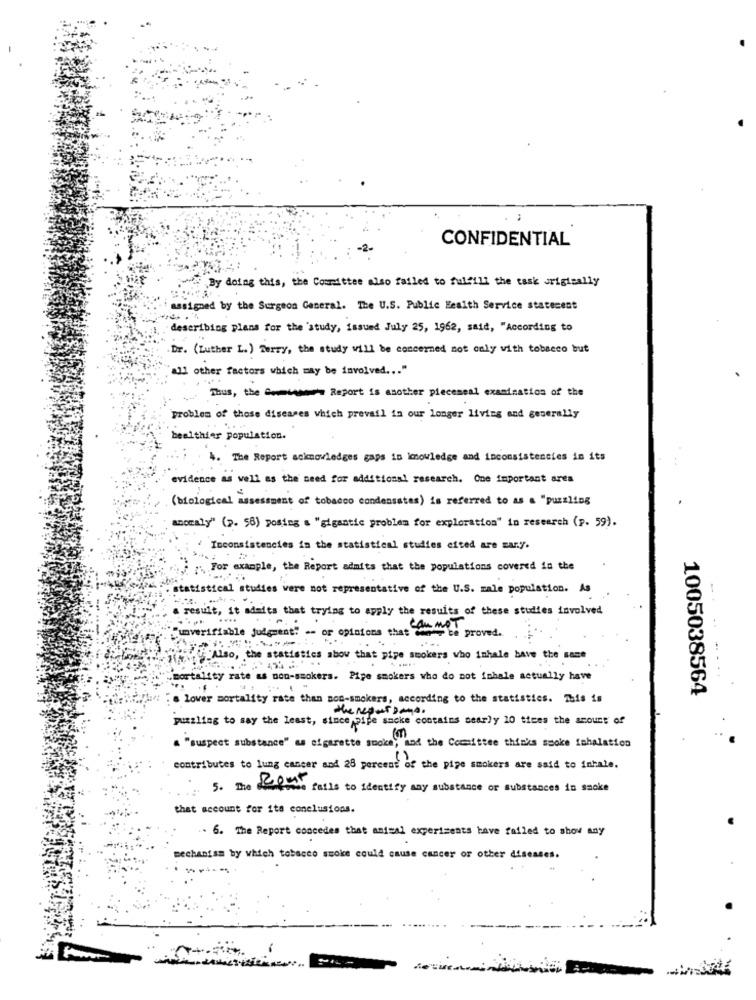
CONFIDENTIAL
""By doing this, the Committee also failed to fulfill the task originally
assigned by the Surgeon General. The U.S. Public Health Service statement
describing plans for the study, issued July 25, 1962, said, "According to
Dr. (Luther L.) Terry, the study will be concerned not only with tobacco but
11 other factors which may be involved ... "
Thus, the - Report is another pieceseal examination of the
problem of those diseases which prevail in our longer living and generally
healthier population.
4. The Report acknowledges gaps in Imnowledge and inconsistencies in its
evidence as well as the need for additional research. One important ares
(biological assessment of tobacco condensates) is referred to as a "puzzling
anomaly" (p. 58) posting a "gigantic problem for exploration" in research (p. 59).
Inconsistencies in the statistical studies cited are mary.
i . For example, the Report admits that the populations covered in the
statistical studies were not representative of the U.S. male population. As
a result, it admits that trying to apply the results of these studies involved
"unverifiable judgment! -- or opinions that don , ce proved.
** Also, the statistics abov that pipe smokers who inhale have the same
.mortality rate as non-smokers. Pipe smokers who do not imhale actually have
1005038564
s lover mortality rate than non-smokers, according to the statistics. This is
puzzling to say the least, since pipe smoke contains aearly 10 times the amount of
a "suspect substance" as cigarette smoke,"and the Committee thinks smoke inhalation
contributes to lung cancer and 28 percent of the pipe smokers are said to inhale.
5. The ufos fails to identify may substance or substances in socke
that account for ita conclusions.
. 6. The Report concedes that animal experiments have failed to show any
mechanism by which tobacco smoke could cause cancer or other diseases.